Plague in India, 1896, 1897 - Volume 1
Year: 1896
Disease focus: Plague
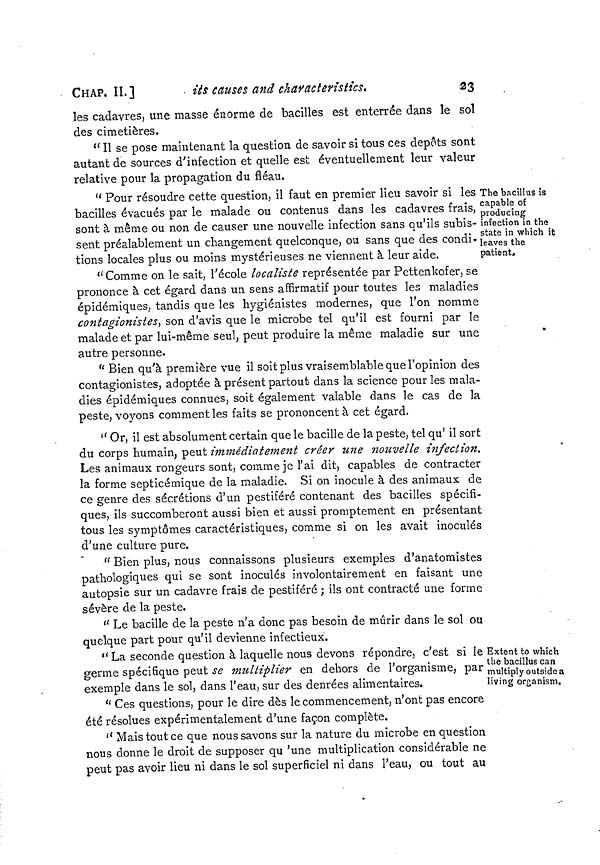
CHAP. II.]
its causes and characteristics.
23
les cadavres, une masse énorme de bacilles est enterrée dans le sol
des cimetières.
" II se pose maintenant la question de savoir si tous ces dépôts sont
autant de sources d'infection et quelle est éventuellement leur valeur
relative pour la propagation du fléau.
The bacillus is
capable of
producing
infection in the
state in which it
leaves the
patient.
"Pour résoudre cette question, il faut en premier lieu savoir si les
bacilles évacués par le malade ou contenus dans les cadavres frais,
sont à même ou non de causer une nouvelle infection sans qu'ils subis-
sent préalablement un changement quelconque, ou sans que des condi-
tions locales plus ou moins mystérieuses ne viennent à leur aide.
" Comme on le sait, l'école localiste représentée par Pettenkofer, se
prononce à cet égard dans un sens affirmatif pour toutes les maladies
épidémiques, tandis que les hygiénistes modernes, que I'on nomme
contagionistes, son d'avis que le microbe tel qu'il est fourni par le
malade et par lui-même seul, peut produire la même maladie sur une
autre personne.
" Bien qu'à première vue il soit plus vraisemblable que l'opinion des
contagionistes, adoptée à présent partout dans la science pour les mala-
dies épidémiques connues, soit également valable dans le cas de la
peste, voyons comment les faits se prononcent à cet égard.
" Or, il est absolument certain que le bacille de la peste, tel qu' il sort
du corps humain, peut immédiatement créer une nouvelle infection.
Les animaux rongeurs sont, comme je l'ai dit, capables de contracter
la forme septicémique de la maladie. Si on inocule à des animaux de
ce genre des sécrétions d'un pestiféré contenant des bacilles spécifi-
ques, ils succomberont aussi bien et aussi promptement en présentant
tous les symptômes caractéristiques, comme si on les avait inoculés
d'une culture pure.
" Bien plus, nous connaissons plusieurs exemples d'anatomistes
pathologiques qui se sont inoculés involontairement en faisant une
autopsie sur un cadavre frais de pestiféré; ils ont contracté une forme
sévère de la peste.
" Le bacille de la peste n'a donc pas besoin de mûrir dans le sol ou
quelque part pour qu'il devienne infectieux.
Extent to which
the bacillus can
multiply outside a
living organism.
" La seconde question à laquelle nous devons répondre, c'est si le
germe spécifique peut se multiplier en dehors de l'organisme, par
exemple dans le sol, dans l'eau, sur des denrées alimentaires.
" Ces questions, pour le dire dès le commencement, n'ont pas encore
été résolues expérimentalement d'une façon complète.
" Mais tout ce que nous savons sur la nature du microbe en question
nous donne le droit de supposer qu 'une multiplication considérable ne
peut pas avoir lieu ni dans le sol superficiel ni dans l'eau, ou tout au